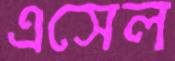
এসেল